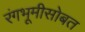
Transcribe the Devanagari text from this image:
रंगभूमीसोबत